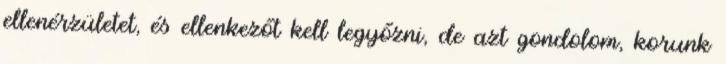
ellenérzületet, és ellenkezőt kell legyőzni, de azt gondolom, korunk